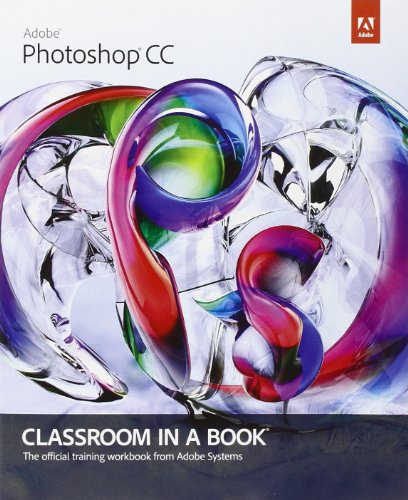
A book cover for Adobe Photoshop CC Classroom in a Book; Adobe Creative Team; Computers & Technology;